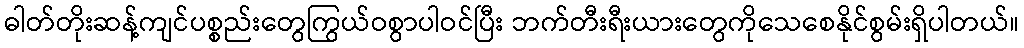
ဓါတ်တိုးဆန့်ကျင်ပစ္စည်းတွေကြွယ်ဝစွာပါဝင်ပြီး ဘက်တီးရီးယားတွေကိုသေစေနိုင်စွမ်းရှိပါတယ်။